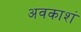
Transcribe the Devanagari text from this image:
अवकाशं